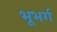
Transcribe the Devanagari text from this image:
भूभर्ग